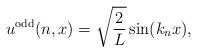
LaTeX: \begin{align*}u^{\rm odd}(n,x)=\sqrt{\frac{2}{L}} \sin(k_n x),\end{align*}